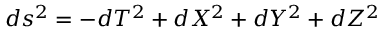
d s ^ { 2 } = - d T ^ { 2 } + d X ^ { 2 } + d Y ^ { 2 } + d Z ^ { 2 }